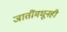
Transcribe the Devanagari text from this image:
जातींमधूनही